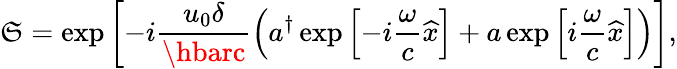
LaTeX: \mathfrak{S}=\exp\left[-i\frac{{u_{0}\delta}}{{\hbarc}}\left(a^{\dagger}\exp\left[-i\frac{{\omega}}{{c}}\widehat{{x}}\right]+a\exp\left[i\frac{{\omega}}{{c}}\widehat{{x}}\right]\right)\right],